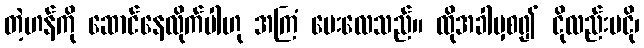
တဲ့ဟန်ကို ဆောင်နေလိုက်ပါဟု အကြံ ပေးလေသည်။ ထိုအခါမှစ၍ ငိုလည်းမငို၊